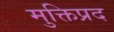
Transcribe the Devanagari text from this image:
मुक्तिप्रद